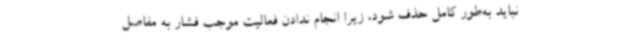
نباید به‌طور کامل حذف شود، زیرا انجام ندادن فعالیت موجب فشار به مفاصل